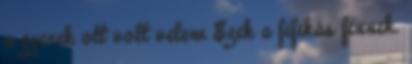
a gyerek ott volt velem Ezek a fifikás finnek.